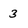
Character: 3